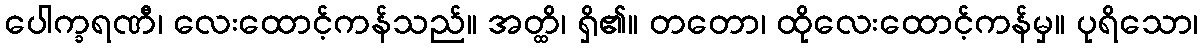
ပေါက္ခရဏီ၊ လေးထောင့်ကန်သည်။ အတ္ထိ၊ ရှိ၏။ တတော၊ ထိုလေးထောင့်ကန်မှ။ ပုရိသော၊